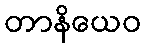
တာနိယေဝ